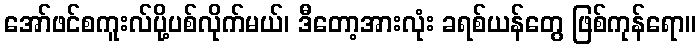
အော်ဖင်စကူးလ်ပို့ပစ်လိုက်မယ်၊ ဒီတော့အားလုံး ခရစ်ယန်တွေ ဖြစ်ကုန်ရော။